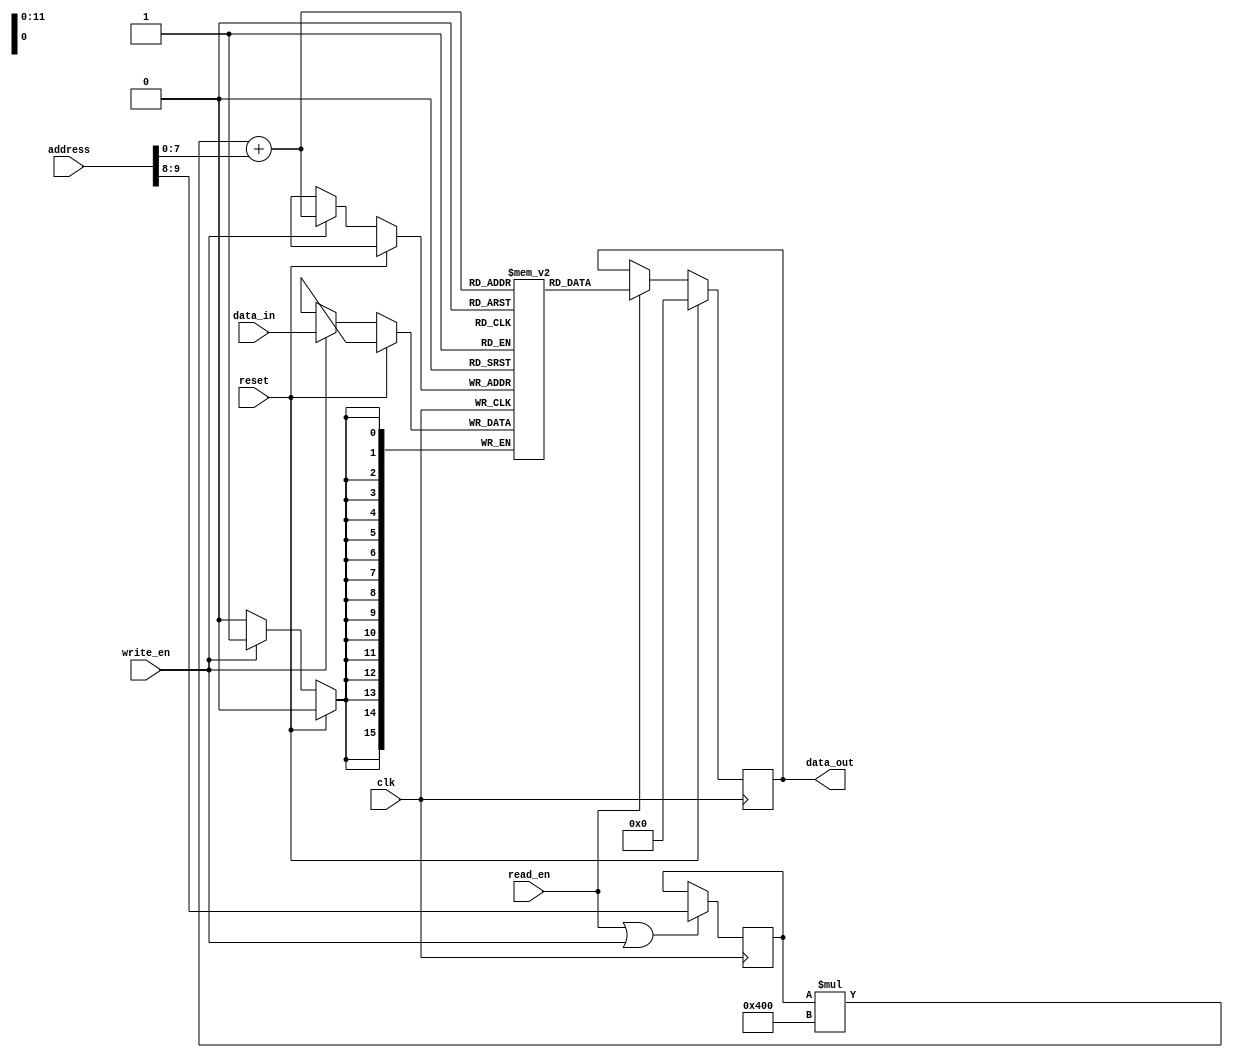
module sdram (
    input wire clk,
    input wire reset,
    input wire read_en,
    input wire write_en,
    input wire [N_ADDR_BITS-1:0] address,
    input wire [DATA_WIDTH-1:0] data_in,
    output reg [DATA_WIDTH-1:0] data_out
);

parameter N_ADDR_BITS = 10; // Number of address bits
parameter DATA_WIDTH = 16; // Data width in bits

// Define memory block parameters
parameter MEM_BLOCK_SIZE = 1024; // Number of bits in each memory block
parameter N_MEM_BLOCK = 4; // Number of memory blocks in the SDRAM module

reg [DATA_WIDTH-1:0] memory [0:N_MEM_BLOCK-1][0:MEM_BLOCK_SIZE-1];

// Address decoding logic
reg [1:0] mem_block_sel;
always @(posedge clk) begin
    if (read_en || write_en) begin
        mem_block_sel <= address[N_ADDR_BITS-2:N_ADDR_BITS-1];
    end
end

// Read/Write operations
always @(posedge clk) begin
    if (reset) begin
        data_out <= 0;
    end else begin
        if (read_en) begin
            data_out <= memory[mem_block_sel][address[N_ADDR_BITS-3:0]];
        end
        if (write_en) begin
            memory[mem_block_sel][address[N_ADDR_BITS-3:0]] <= data_in;
        end
    end
end

endmodule